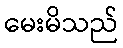
မေးမိသည်